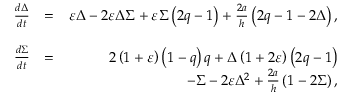
\begin{array} { r l r } { \frac { d \Delta } { d t } } & { = } & { \varepsilon \Delta - 2 \varepsilon \Delta \Sigma + \varepsilon \Sigma \left( 2 q - 1 \right) + \frac { 2 a } { h } \left( 2 q - 1 - 2 \Delta \right) , } \\ & { } & \\ { \frac { d \Sigma } { d t } } & { = } & { 2 \left( 1 + \varepsilon \right) \left( 1 - q \right) q + \Delta \left( 1 + 2 \varepsilon \right) \left( 2 q - 1 \right) } \\ & { } & { - \Sigma - 2 \varepsilon \Delta ^ { 2 } + \frac { 2 a } { h } \left( 1 - 2 \Sigma \right) , } \end{array}